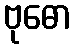
ဗုဓော